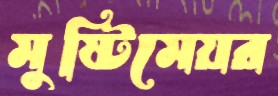
মুষ্টিমেয়র